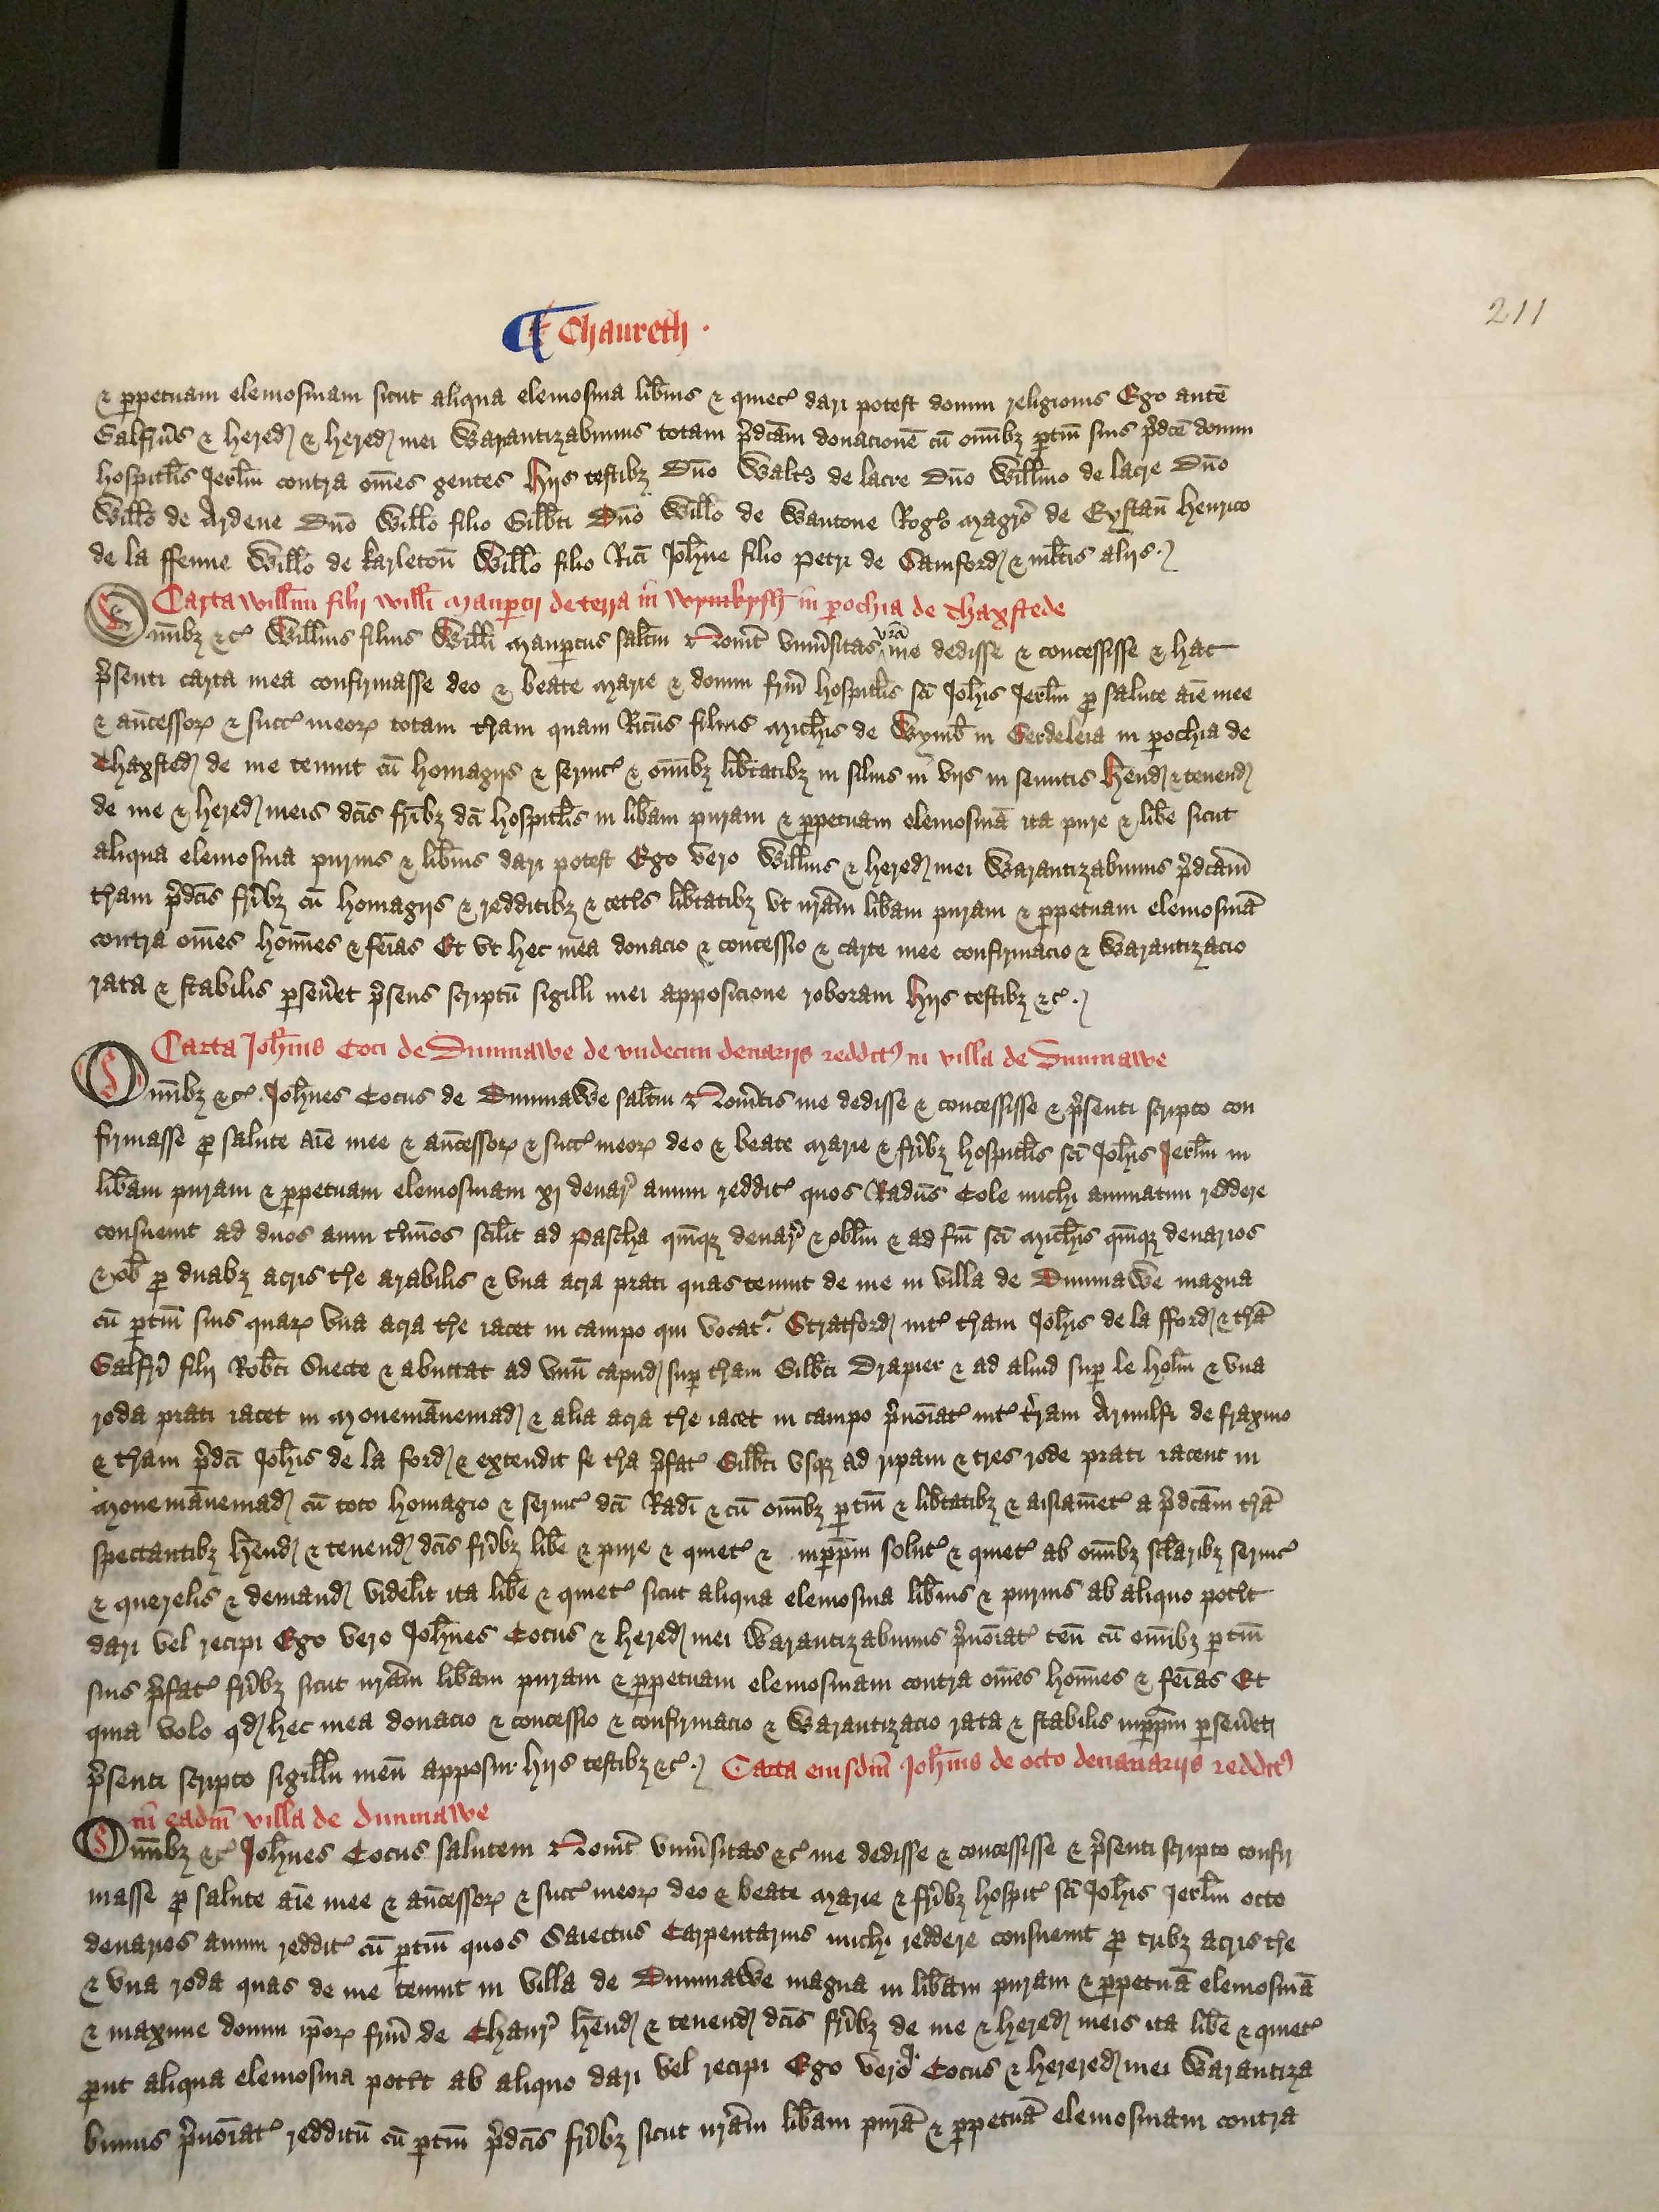
Shelfmark: London, British Library, Nero E VI
Century: 15